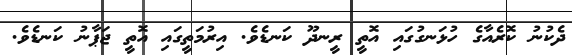
ދެކުނު ކޮރެއާގެ ހުޅަނގުގައި އޮތީ ރީނދޫ ކަނޑެވެ. އިރުމަތީގައި އޮތީ ޖަޕާނު ކަނޑެވެ.